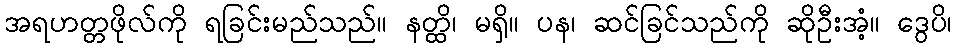
အရဟတ္တဖိုလ်ကို ရခြင်းမည်သည်။ နတ္ထိ၊ မရှိ။ ပန၊ ဆင်ခြင်သည်ကို ဆိုဦးအံ့။ ဒွေပိ၊